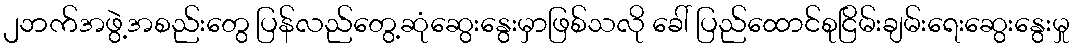
၂ဘက်အဖွဲ့အစည်းတွေ ပြန်လည်တွေ့ဆုံဆွေးနွေးမှာဖြစ်သလို ခေါ် ပြည်ထောင်စုငြိမ်းချမ်းရေးဆွေးနွေးမှု